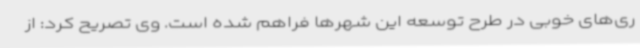
ری‌های خوبی در طرح توسعه این شهرها فراهم شده است. وی تصریح کرد: از